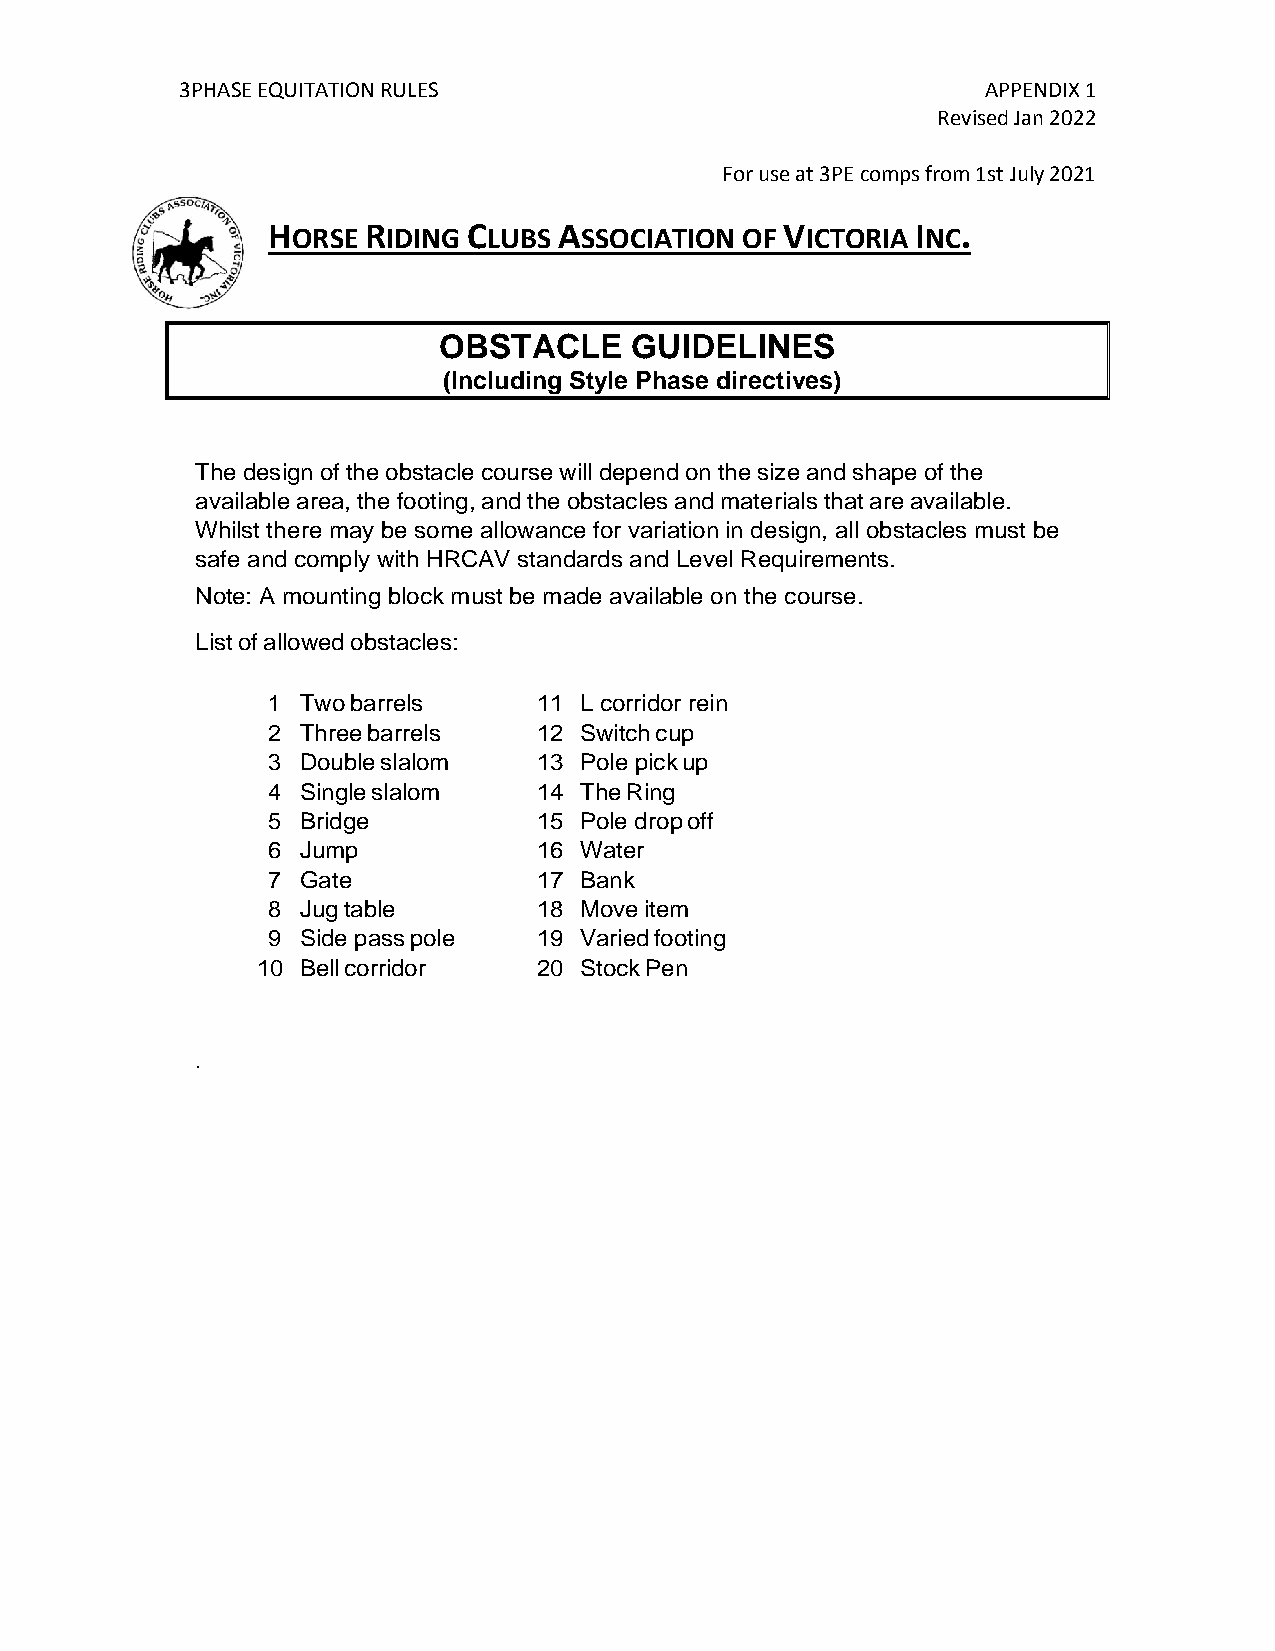
3PHASE EQUITATION RULES                              APPENDIX 1
 Revised Jan 2022
 For use at 3PE comps from 1st July 2021
 HORSE RIDING CLUBS ASSOCIATION OF VICTORIA INC.
 OBSTACLE     GUIDELINES
 (Including Style Phase directives)
 The design of the obstacle course will depend on the size and shape of the
 available area, the footing, and the obstacles and materials that are available.
 Whilst there may be some allowance for variation in design, all obstacles must be
 safe and comply with HRCAV standards and Level Requirements.
 Note: A mounting block must be made available on the course.
 List of allowed obstacles:
 1 Two barrels     11 L corridor rein
 2 Three barrels   12 bSawciktc h cup
 3 Double slalom   13 Pole pick up
 4 Single slalom   14 The Ring
 5 Bridge          15 Pole drop off
 6 Jump            16 Water
 7 Gate            17 Bank
 8 Jug table       18 Move item
 9 Side pass pole  19 Varied footing
 10 Bell corridor   20 Stock Pen
 .